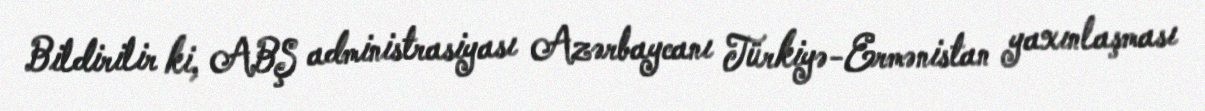
Bildirilir ki, ABŞ administrasiyası Azərbaycanı Türkiyə-Ermənistan yaxınlaşması